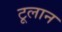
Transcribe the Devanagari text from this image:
टूलान